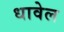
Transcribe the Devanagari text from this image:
धावेल